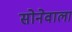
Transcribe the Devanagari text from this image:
सोनेवाला